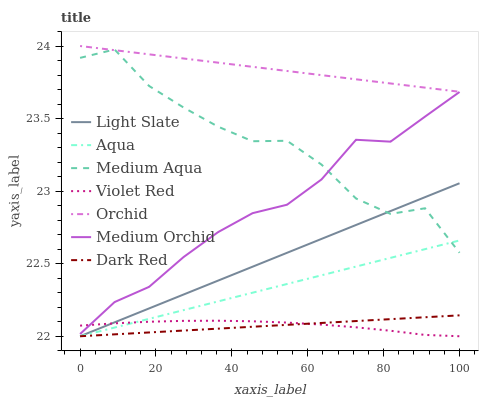
| xaxis_label | Light Slate | Aqua | Medium Aqua | Violet Red | Orchid | Medium Orchid | Dark Red |
 | --- | --- | --- | --- | --- | --- | --- | --- |
 | 0 | 22 | 22 | 23.9 | 22.1 | 24 | 22 | 22 |
 | 9.09 | 22.1 | 22.1 | 24 | 22.1 | 24 | 22.2 | 22 |
 | 18.2 | 22.2 | 22.1 | 23.7 | 22.1 | 23.9 | 22.3 | 22 |
 | 27.3 | 22.3 | 22.2 | 23.6 | 22.1 | 23.9 | 22.5 | 22 |
 | 36.4 | 22.4 | 22.2 | 23.4 | 22.1 | 23.9 | 22.7 | 22.1 |
 | 45.5 | 22.5 | 22.3 | 23.3 | 22.1 | 23.9 | 22.8 | 22.1 |
 | 54.5 | 22.6 | 22.4 | 23.3 | 22.1 | 23.8 | 22.9 | 22.1 |
 | 63.6 | 22.7 | 22.4 | 23.2 | 22.1 | 23.8 | 23.1 | 22.1 |
 | 72.7 | 22.8 | 22.5 | 22.9 | 22.1 | 23.8 | 23.4 | 22.1 |
 | 81.8 | 22.9 | 22.5 | 22.8 | 22 | 23.7 | 23.3 | 22.1 |
 | 90.9 | 23 | 22.6 | 22.9 | 22 | 23.7 | 23.5 | 22.1 |
 | 100 | 23.1 | 22.7 | 22.6 | 22 | 23.7 | 23.7 | 22.1 |